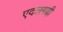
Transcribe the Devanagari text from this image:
एदलगढ़ी